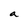
Character: a